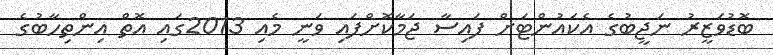
ބޮޑުވަޒީރު ނަޖީބުގެ އެކައުންޓަށް ފައިސާ ޖަމާކޮށްފައި ވަނީ މެއި 2013ގައި އޮތް އިންތިހާބުގެ